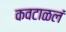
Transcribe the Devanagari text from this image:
कवटाळलं